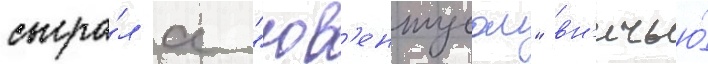
сыгра́л с "юв'ентусом" вн'ичью́